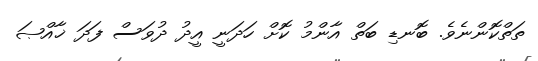
ތަތްކޮންނެވެ. ބޮނޑި ބަތް އާންމު ކޮށް ހަދަނީ އީދު ދުވަސް ފަދަ ޚާއްޞަ